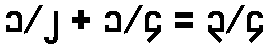
၁/၂ + ၁/၄ = ၃/၄